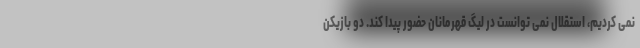
نمی کردیم، استقلال نمی توانست در لیگ قهرمانان حضور پیدا کند. دو بازیکن